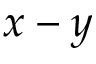
x - y